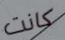
كانت